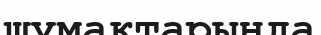
шумақтарында